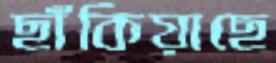
ছাঁকিয়াছে